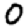
Digit: 0